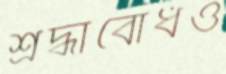
শ্রদ্ধাবোধও